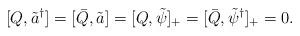
LaTeX: \begin{align*}[Q,\tilde{a}^{\dagger}] = [\bar{Q},\tilde{a}] = [Q,\tilde{\psi}]_{+} = [\bar{Q},\tilde{\psi}^{\dagger}]_{+} = 0 .\end{align*}